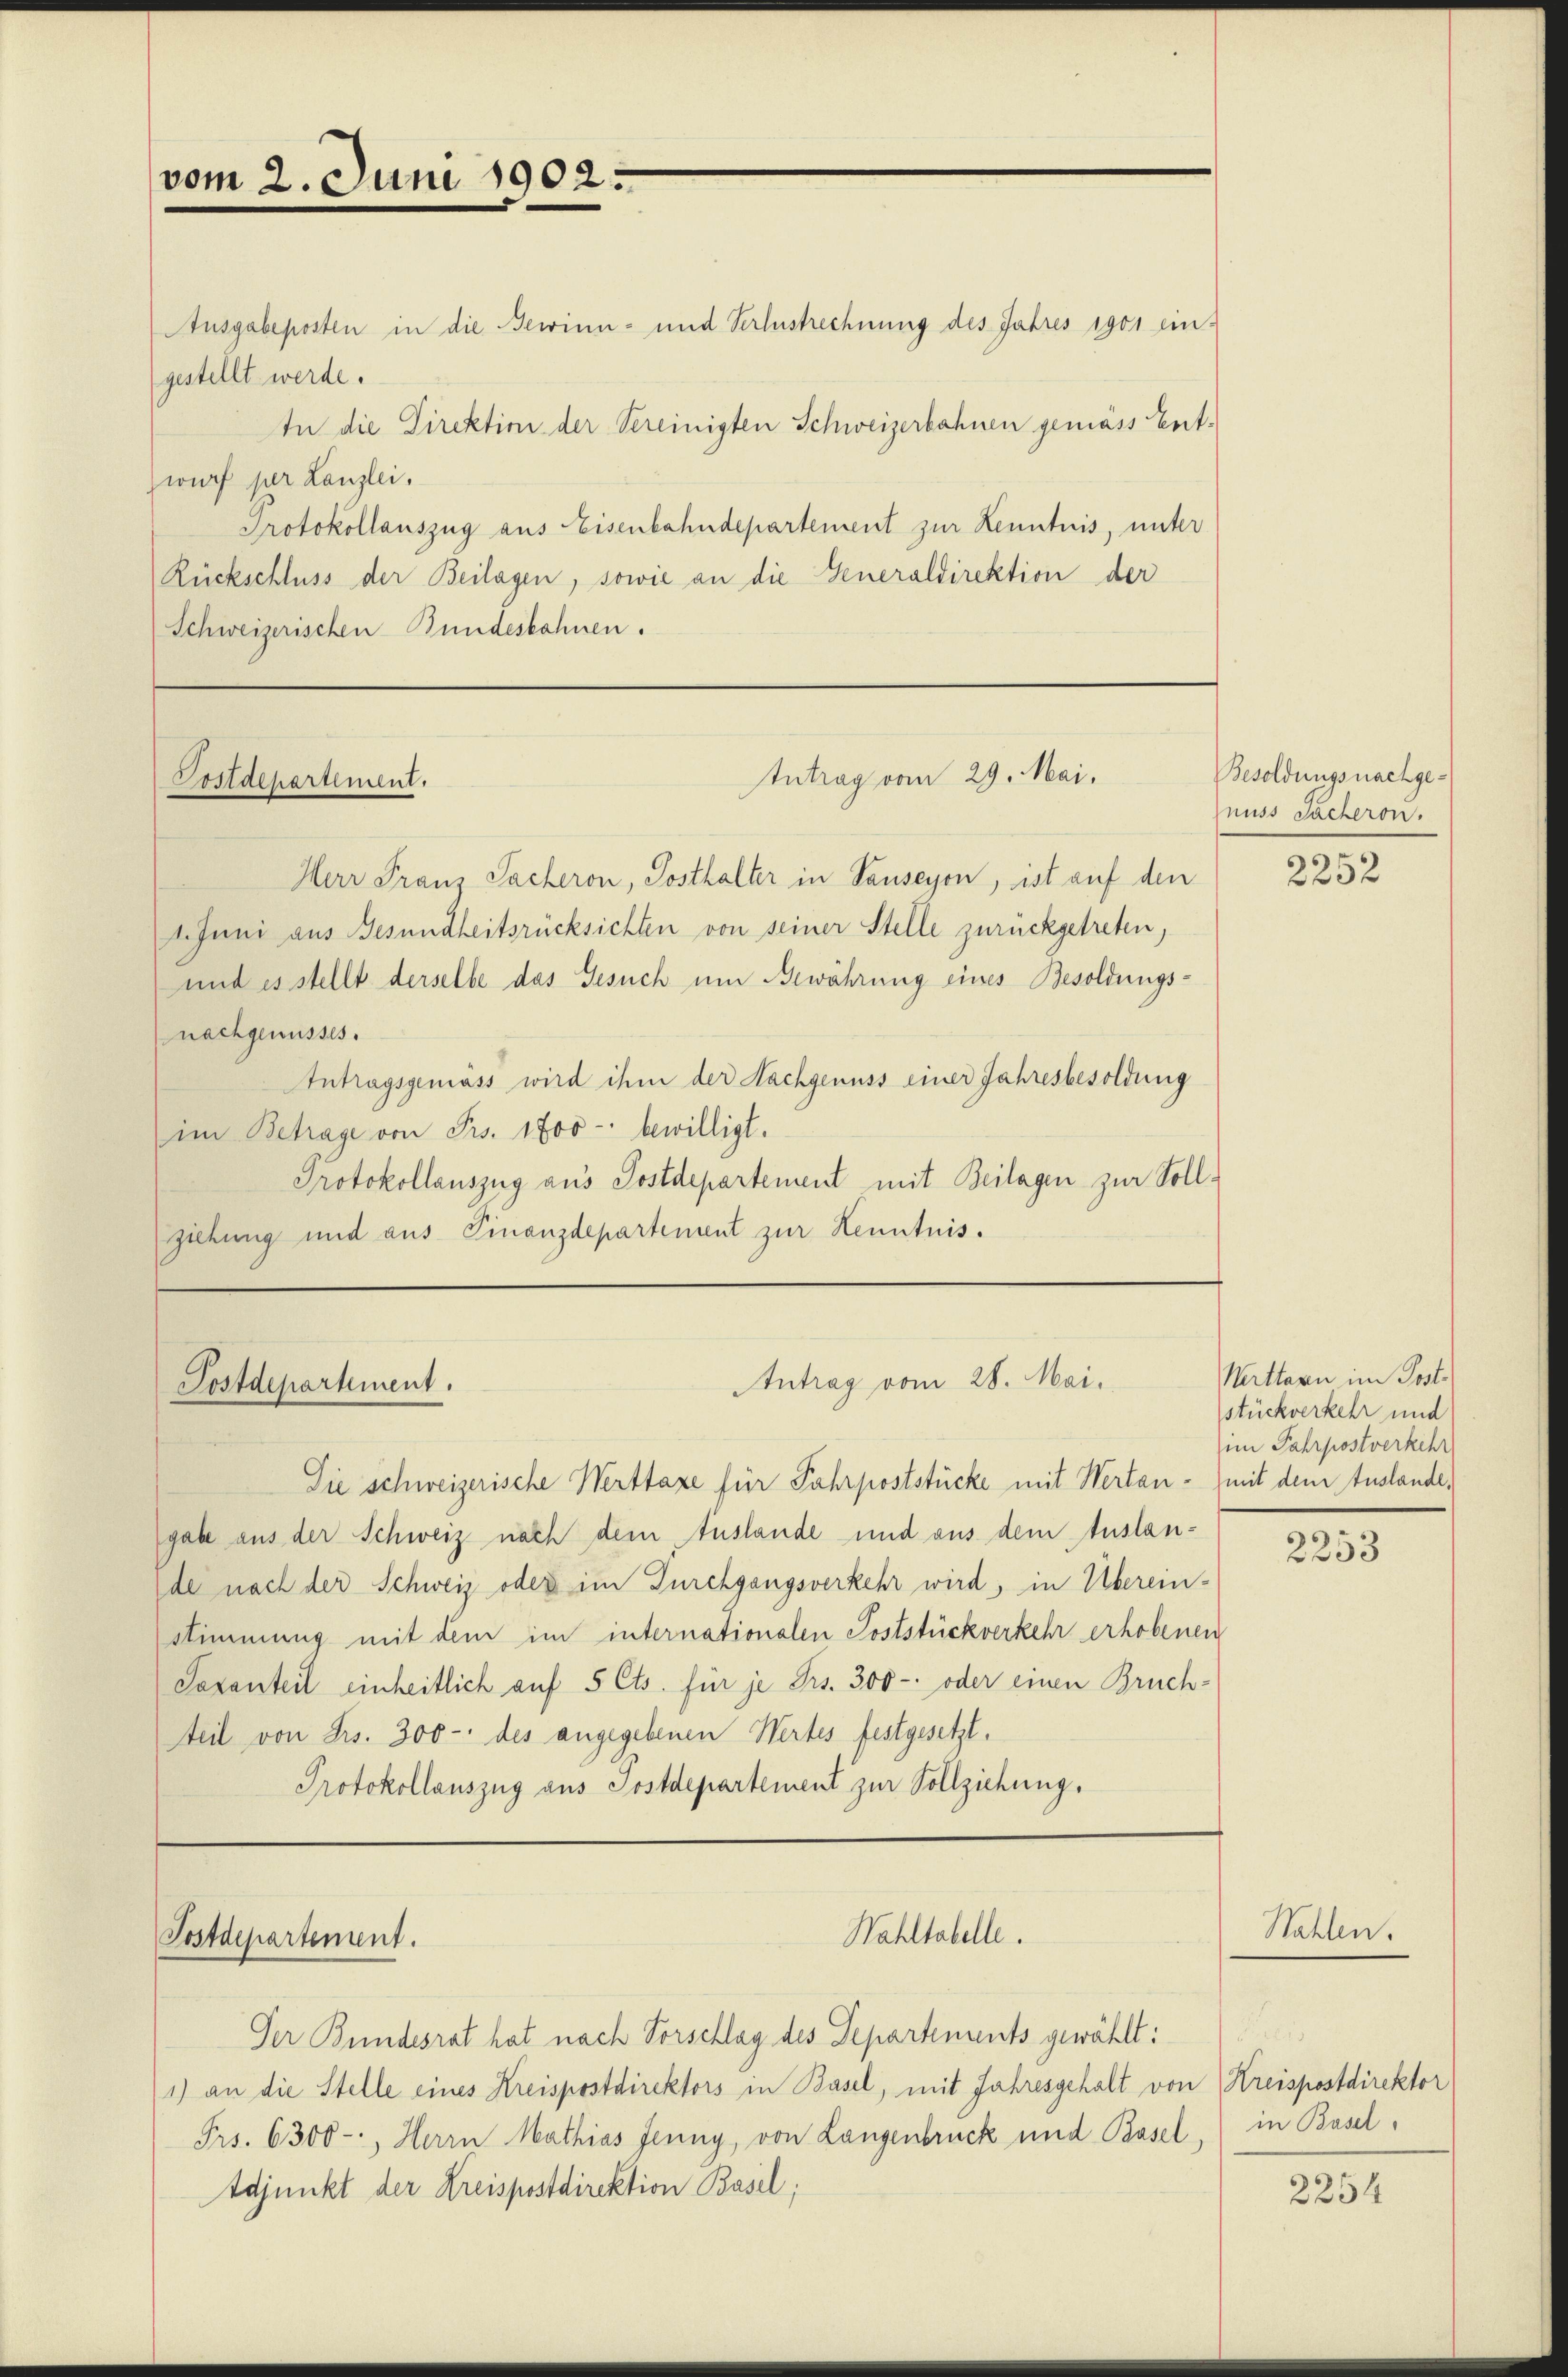
vom 2. Juni 1902

Postdepartement.

Herr Franz Sacheron, Posthalter in Sauseyon, ist auf den
1. Juni aus Gesundheitsrücksichten von seiner Stelle zurückgetreten,
und es stellt derselbe das Gesuch um Bewährung eines Besoldungsnachgenusses.
Antragsgemäss wird ihm der Nachgenuss einer Jahresbesoldung
(im Betrage von Frs. 1700 bewilligt.
Protokollauszug aus Postdepartement mit Beilagen zur Sollziehung und aus Finanzdepartement zur Kenntnis.

Postdepartement.

Ausgabeposten in die Bewinn- und Verlustrechnung des Jahres 1901 ein-
gestellt werde.
In die Direktion der Vereinigten Schweizerbahnen gemäss Entwurf per Lanzlei.
Protokollauszug aus Eisenbahndepartement zur Kenntnis, unter
Rückschluss der Beilagen, sowie an die Generaldirektion der
Schweizerischen Bundeskahnen.

Der Bundesrat hat nach Vorschlag des Departements gewählt:
1) an die Stelle eines Kreispostdirektors in Basel, mit Jahresgehalt von Kreispostdirektor
Frs. 6300-, Herrn Mathias Jenny, von Langenbruck und Basel, in Basel¬
Adjunkt der Kreispostdirektion Basel;

Die schweizerische Werttaxe für Fahrpoststücke mit Wertan - mit dem Auslande,
gabe aus der Schweiz nach dem Auslande und aus dem Auslande nach der Schweiz oder im Durchgangsverkehr wird, in Überein-
Stimmung mit dem im internationalen Poststückverkehr erhobenen
Saxanteil einheitlich auf 5 Cts. für je Frs. 300 - oder einen Bruch-
teil von Frs. 300 - des angegebenen Wertes festgesetzt.
Protokollauszug aus Postdepartement zur Vollziehung.

Postdepartement.

Intrag vom 29. Mai,

Antrag vom 28. Mai.

Wahltabelle.

Besoldungsnachgenuss Sacheron.

2252

Mattern im Post.
stückverkehr und
im Jahrpostverkehr

2253

Wahlen.

.

2254